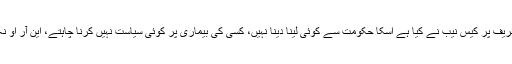
میاں اسلم اقبال نے مزید کہا کہ نواز شریف پر کیس نیب نے کیا ہے اسکا حکومت سے کوئی لینا دینا نہیں، کسی کی بیماری پر کوئی سیاست نہیں کرنا چاہتے، این آر او نہ کسی کو دیا ہے نہ کسی کو دیں گے۔